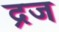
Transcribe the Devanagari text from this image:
द्रज